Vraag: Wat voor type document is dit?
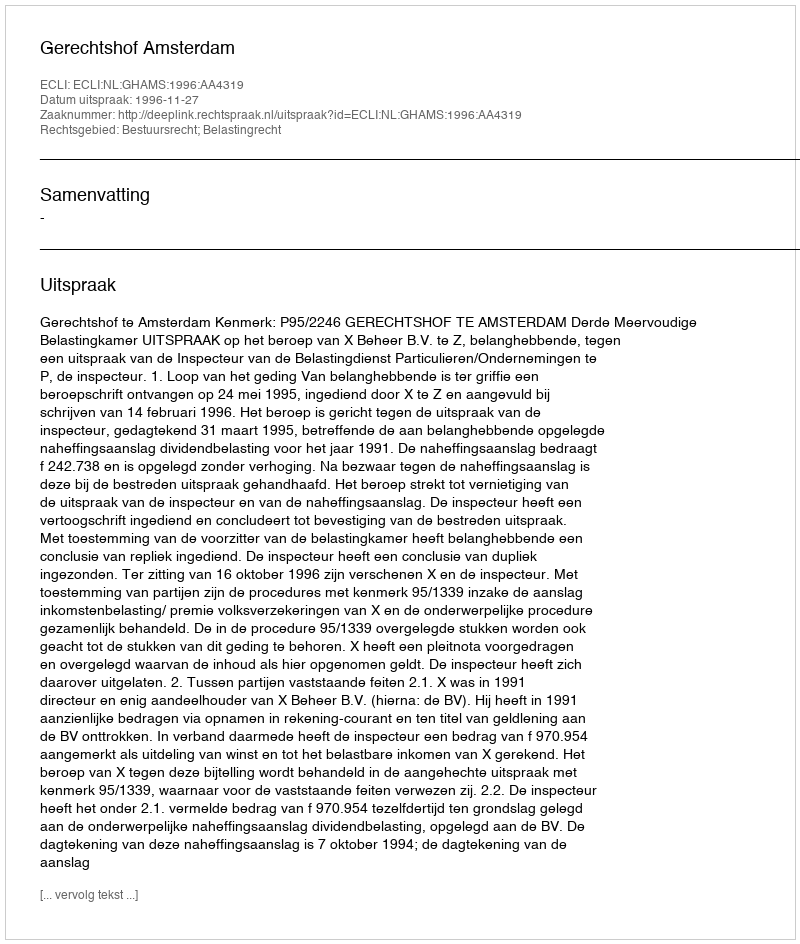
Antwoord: Uitspraak